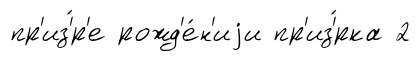
пр'из'́р'е рожд'е́н'иjи пр'из'́рка 2